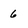
Character: 6